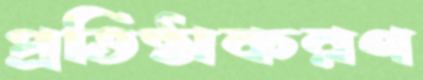
প্রতিষ্ঠাকরণ